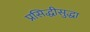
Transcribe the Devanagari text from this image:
प्रसिद्धीसुद्धा